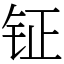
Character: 钲